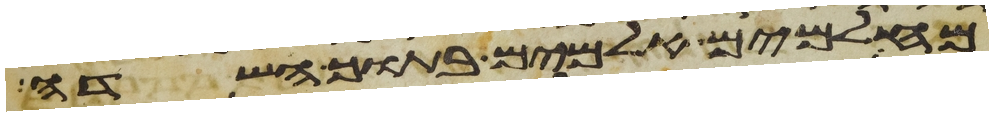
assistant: מאלמים אלמים בתוך השדה